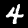
Digit: 4